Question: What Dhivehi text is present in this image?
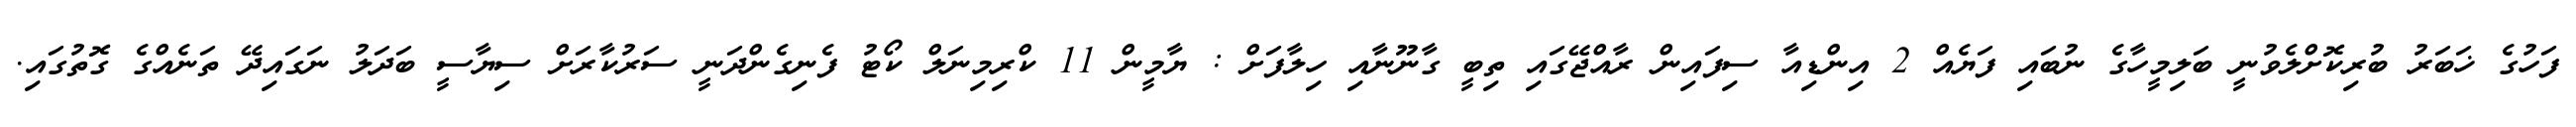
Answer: ފަހުގެ ޚަބަރު ބުރިކޮށްލެވުނީ ބަލިމީހާގެ ނުބައި ފަޔެއް 2 އިންޑިއާ ސިފައިން ރާއްޖޭގައި ތިބީ ގާނޫނާއި ހިލާފަށް : ޔާމީން 11 ކްރިމިނަލް ކޯޓު ފެނިގެންދަނީ ސަރުކާރަށް ސިޔާސީ ބަދަލު ނަގައިދޭ ތަނެއްގެ ގޮތުގައި.